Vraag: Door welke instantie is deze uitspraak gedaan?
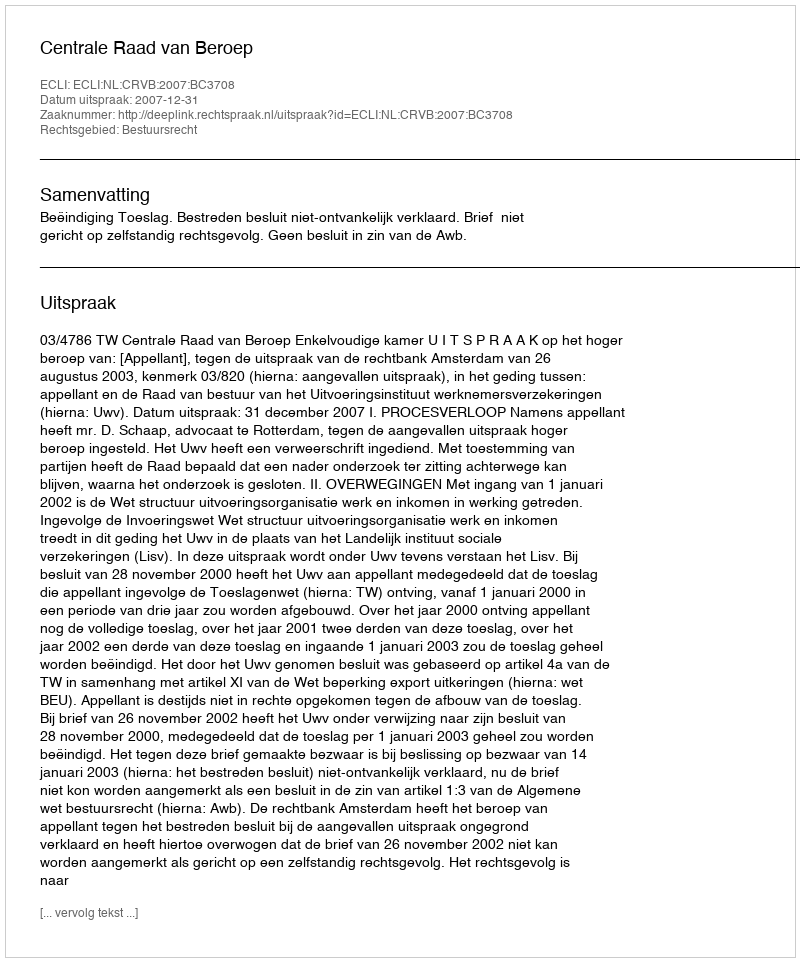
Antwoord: Centrale Raad van Beroep